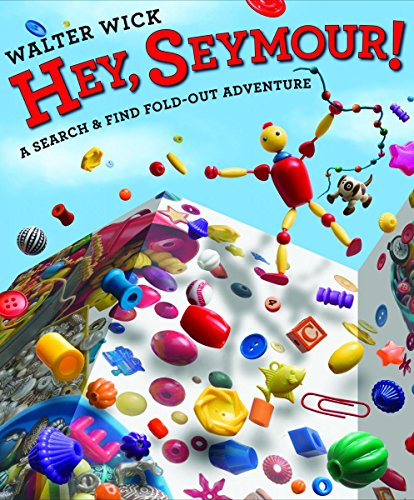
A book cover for Hey, Seymour!; Walter Wick; Children's Books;